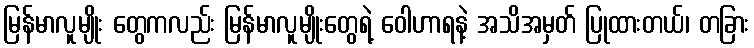
မြန်မာလူမျိုး တွေကလည်း မြန်မာလူမျိုးတွေရဲ့ ဝေါဟာရနဲ့ အသိအမှတ် ပြုထားတယ်၊ တခြား